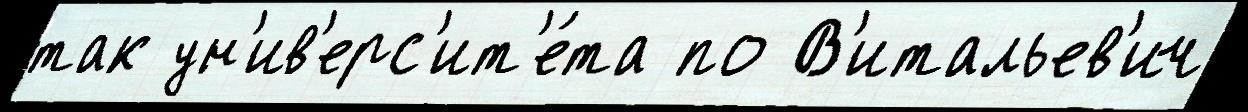
так ун'ив'ерс'ит'е́та по В'итальев'ич